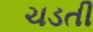
ચડતી